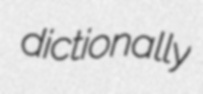
dictionally